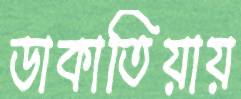
ডাকাতিয়ায়